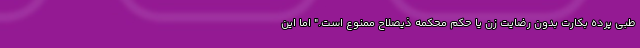
طبی پرده بکارت بدون رضایت زن یا حکم محکمه ذیصلاح ممنوع است." اما این